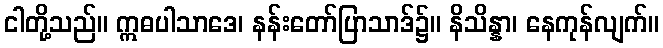
ငါတို့သည်။ ဣဓပါသာဒေ၊ နန်းတော်ပြာသာဒ်၌။ နိသိန္နာ၊ နေကုန်လျက်။